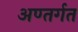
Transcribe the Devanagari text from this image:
अण्तर्गत